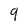
Character: 9